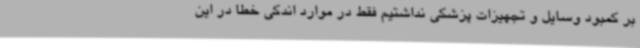
بر کمبود وسایل و تجهیزات پزشکی نداشتیم فقط در موارد اندکی خطا در این